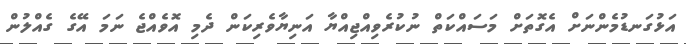
އަޅުގަނޑުމެންނަށް އެގޮތަށް މަސައްކަތް ނުކުރެވިއްޖިއްޔާ އަނިޔާވެރިކަން ދެމި އޮވެއްޖެ ނަމަ އޭގެ ގެއްލުން